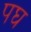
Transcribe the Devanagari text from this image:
पघ